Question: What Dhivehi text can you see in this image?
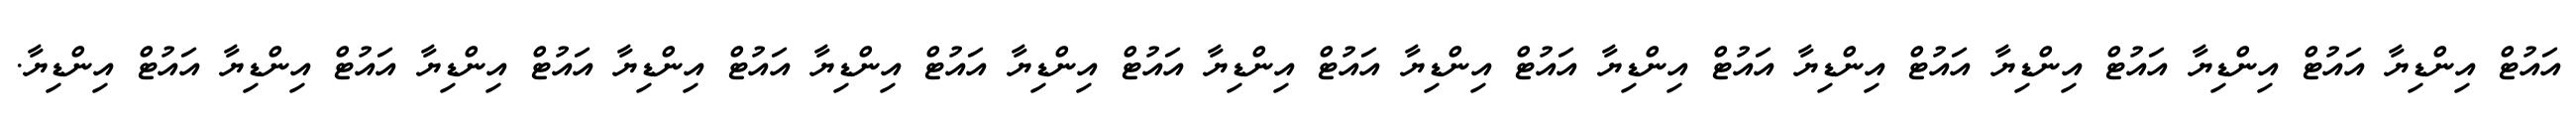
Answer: އައުޓް އިންޑިޔާ އައުޓް އިންޑިޔާ އައުޓް އިންޑިޔާ އައުޓް އިންޑިޔާ އައުޓް އިންޑިޔާ އައުޓް އިންޑިޔާ އައުޓް އިންޑިޔާ އައުޓް އިންޑިޔާ އައުޓް އިންޑިޔާ އައުޓް އިންޑިޔާ އައުޓް އިންޑިޔާ އައުޓް އިންޑިޔާ އައުޓް އިންޑިޔާ.